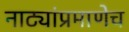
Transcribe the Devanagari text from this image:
नाट्यांप्रमाणेच